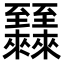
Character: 𬛷